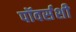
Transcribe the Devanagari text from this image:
पॉवर्सशी